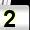
Digit: 2